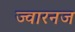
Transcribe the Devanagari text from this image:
ज्वारनज